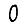
Digit: 0